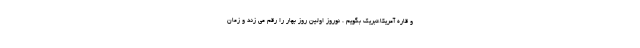
و قاره آمریکا،تبریک بگویم . نوروز اولین روز بهار را رقم می زند و زمان